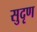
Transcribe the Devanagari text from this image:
सुदृण